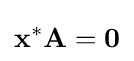
\mathbf {x} ^{*}\mathbf {A} =\mathbf {0}